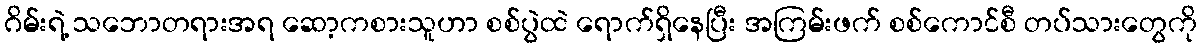
ဂိမ်းရဲ့ သဘောတရားအရ ဆော့ကစားသူဟာ စစ်ပွဲထဲ ရောက်ရှိနေပြီး အကြမ်းဖက် စစ်ကောင်စီ တပ်သားတွေကို